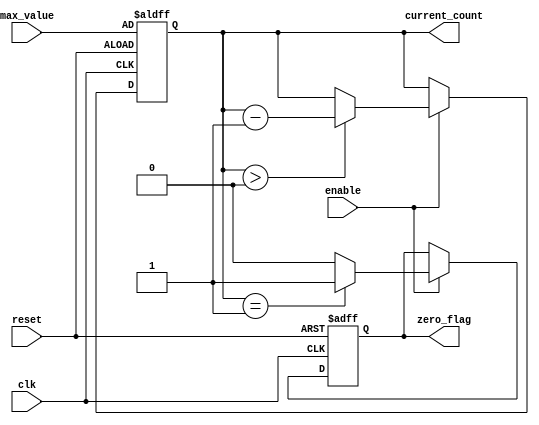
module decremental_counter (
    input wire clk,                  // Clock signal
    input wire reset,                // Reset signal
    input wire enable,               // Enable signal for decrement
    input wire [7:0] max_value,      // Maximum count value (8 bits)
    output reg [7:0] current_count,   // Current count value
    output reg zero_flag             // Flag to indicate when count reaches zero
);

    // Initialization of the current count
    always @(posedge clk or posedge reset) begin
        if (reset) begin
            current_count <= max_value; // Reset to maximum value
            zero_flag <= 0;              // Reset zero flag
        end else if (enable) begin
            if (current_count > 0) begin
                current_count <= current_count - 1; // Decrement
            end
            zero_flag <= (current_count == 1) ? 1 : 0; // Set flag when about to reach zero
        end
    end

endmodule